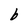
Character: b